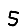
Digit: 5